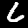
Digit: 6